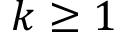
k \geq 1